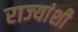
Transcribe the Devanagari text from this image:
राज्‍यांशी